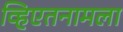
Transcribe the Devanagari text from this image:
व्हिएतनामला